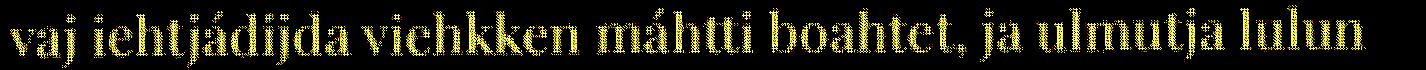
vaj iehtjádijda viehkken máhtti boahtet, ja ulmutja lulun